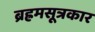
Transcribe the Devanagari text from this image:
ब्रह्रमसूत्रकार